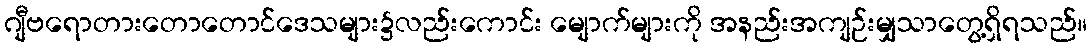
ဂျီဗရောတားတောတောင်ဒေသများ၌လည်းကောင်း မျောက်များကို အနည်းအကျဉ်းမျှသာတွေ့ရှိရသည်။